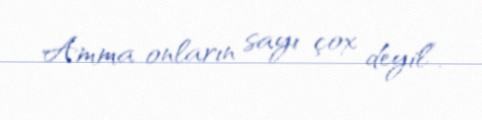
Amma onların sayı çox deyil”.